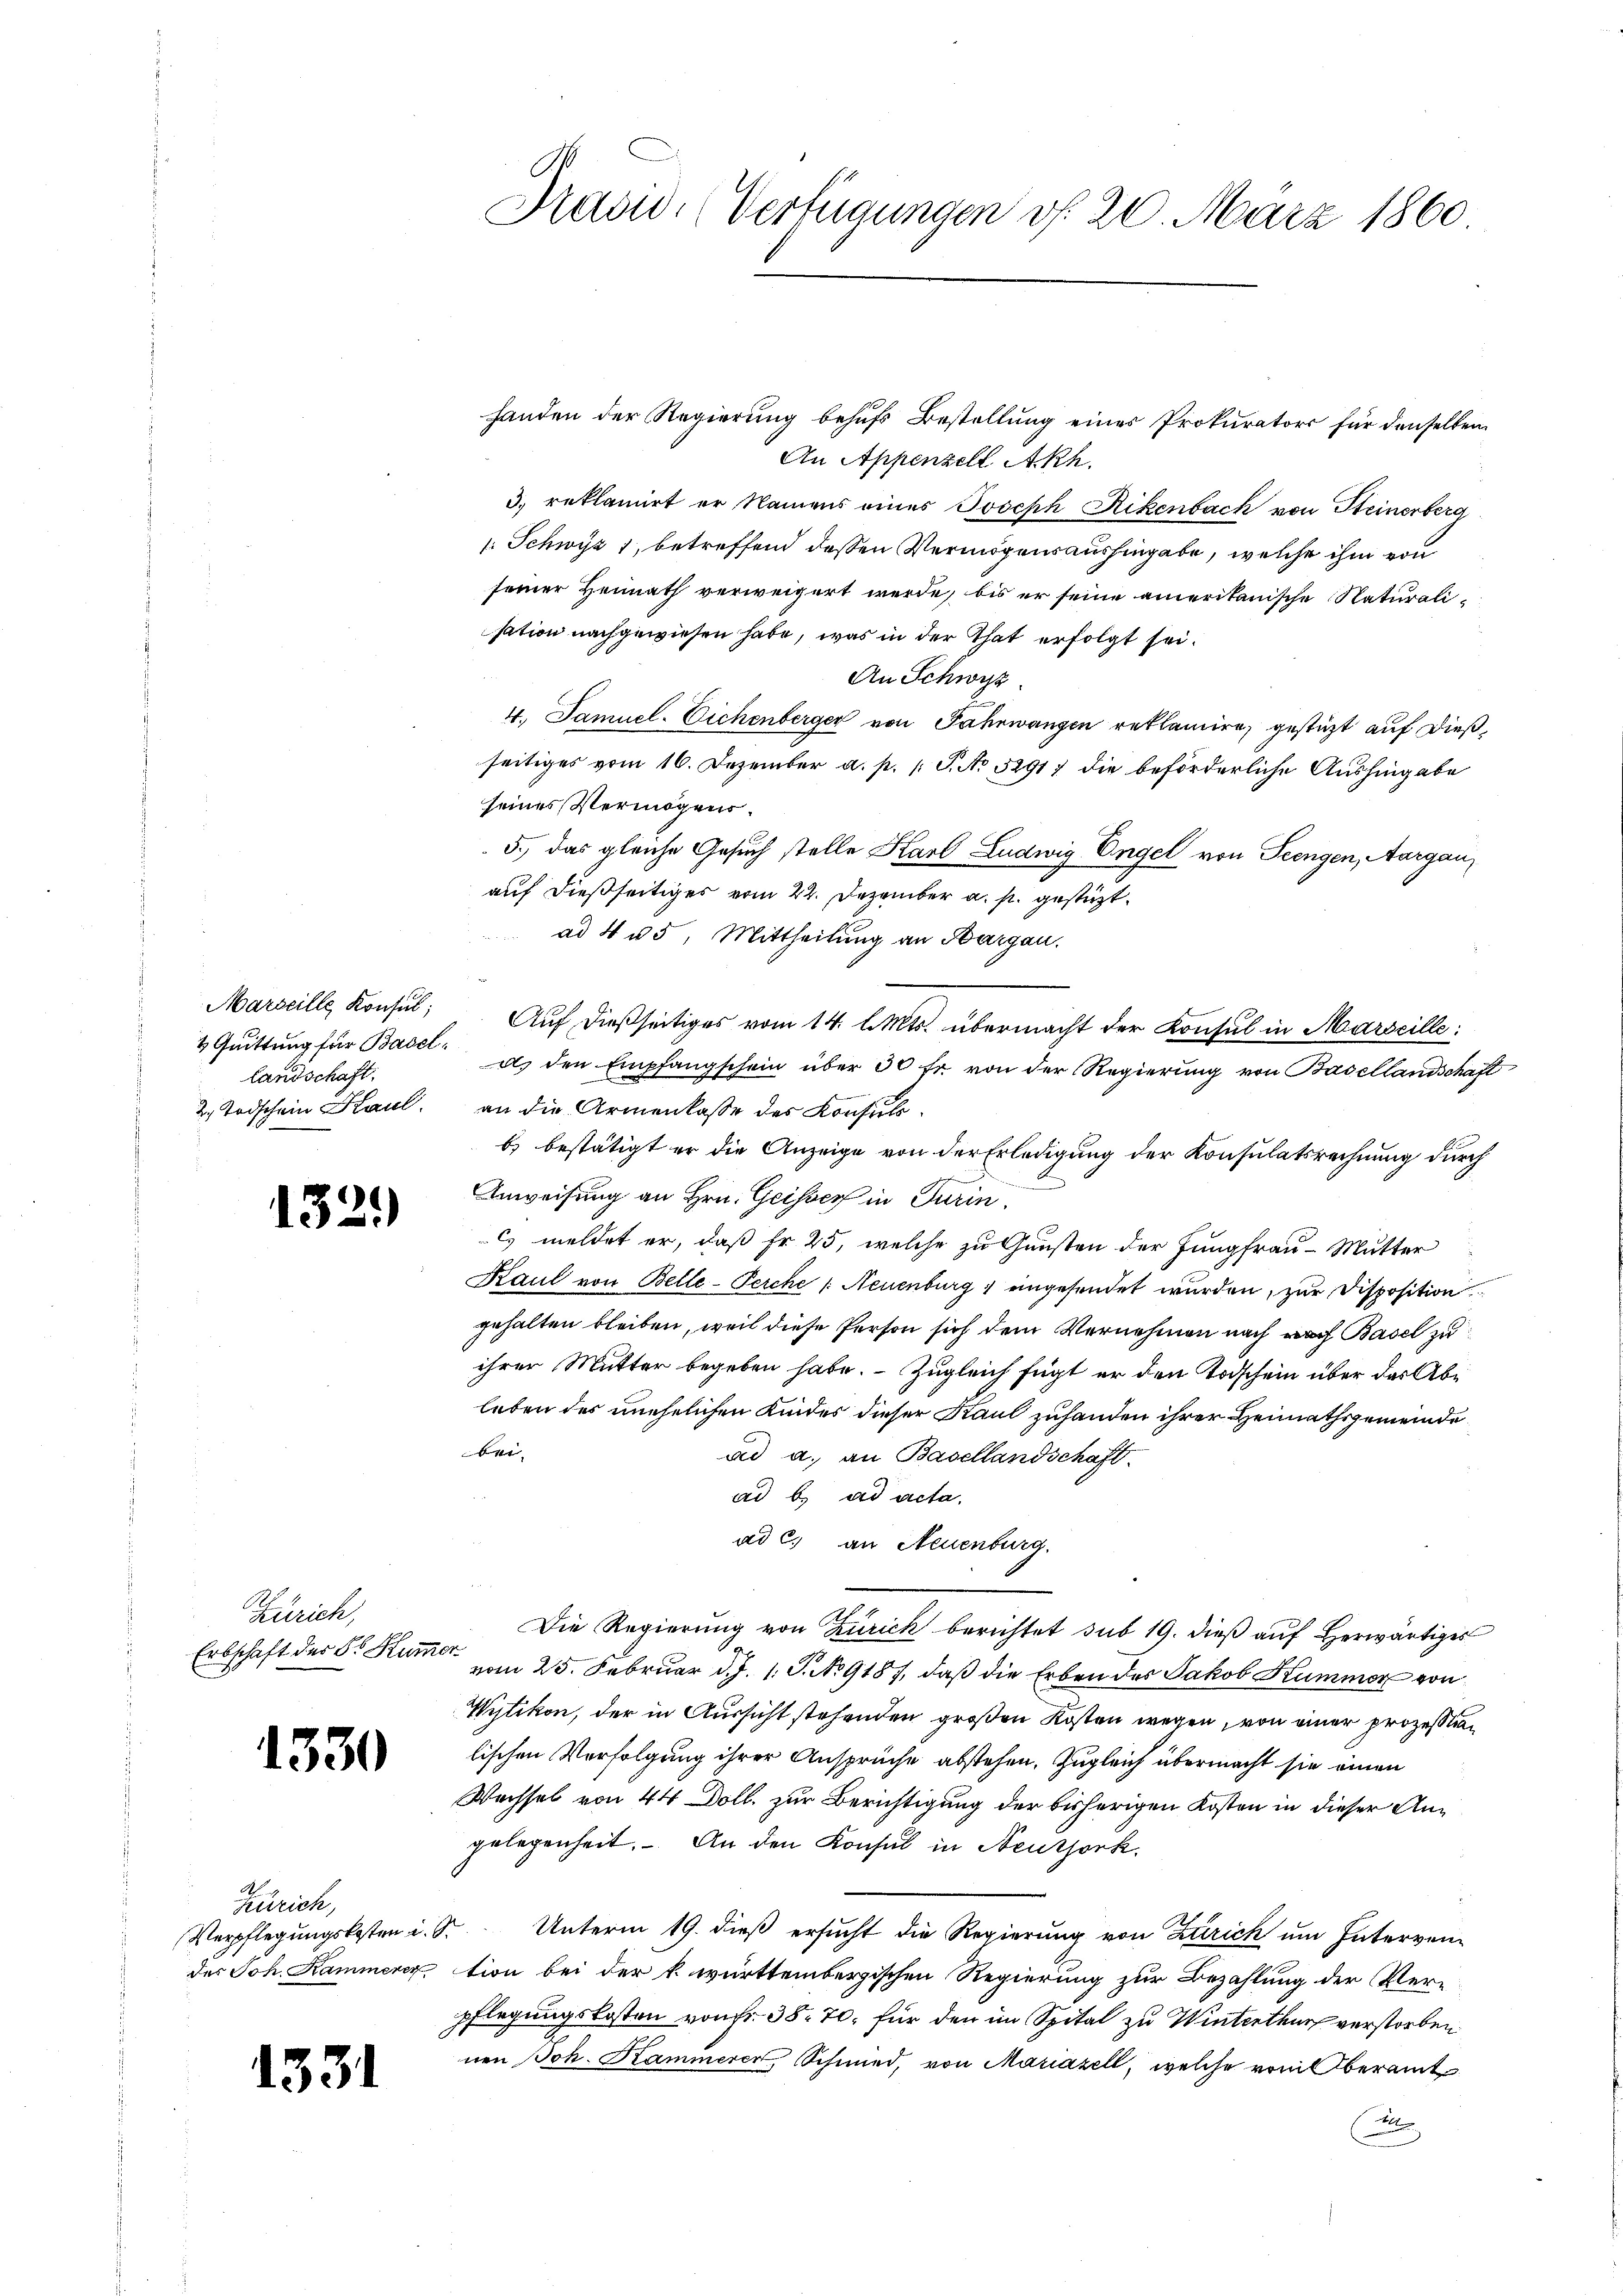
Präsid. (Verfügungen d. 20. März 1860

An Appenzell Akh.
3. reklamirt er Namens eines Joseph Rikenbach von Steinerberg
: Schwyz 1, betreffend dessen Vermögensaushingabe, welche ihm von
seiner Heimath verweigert werde, bis er seine amerikanische Naturalisation nachgewiesen habe, was in der That erfolgt sei.
An Schwyz.
4. Samuel. Eichenberger von Jahrwangen reklamien, gestützt auf dieß,
seitiges vom 16. Dezember a. p. 1 S. No 5291) die beförderliche Aushingabe
seines Vermögens¬
5., das gleiche Gesuch stelle Karl Ludwig Engel von Feingen, Aargau,
auf dießseitiges vom 22. Dezember a. p. gestüzt.
ad 4 u 5. Mittheilung an Bargau.
Marseille Konsul, Auf dießseitiges vom 14. d. Mts. übermacht der Konsul in Marseille:
 Quittung für Basel: d. den Empfangschein über 30 fr. von der Regierŭng von Basellandschaft
an die Armenkasse des Konsuls.
b) bestätigt er die Anzeige von der Erledigung der Konsulatsrechnung durch
Anweisung an Hrn. Geisser in Turin,
C meldet er, daß fr. 25, welche zu Gunsten der Jungfrau - Mutter
Kaul von Belle-Perche |: Neuenburg eingesendet wurden, zur Disposition
gehalten bleiben, weil diese Person sich dem Vernehmen nach nach Basel zu
ihrer Mutter begeben habe. - Zugleich fügt er den Todschein über das Ableben des unehelichen Kindes dieser Kaul zuhanden ihrer Heimathsgemeinde
bei.
ad a. an Basellandschaft.
ad b. ad acta.
ad c.) an Neuenburg.
Die Regierung von Zürich berichtet sub 19. dieß auf herwärtiges
Erbschaft des Sr. Kumme vom 25. Februar d. J. 1. J. No 9187, daß die Erben des Jakob Kummer von
Wytikon, der in Aussicht stehenden großen Kosten wegen, von einer prozesstralischen Verfolgung ihrer Ansprüche abstehen, Zugleich übermacht sie einen
Wechsel von 44 Doll. zur Berichtigung der bisherigen Kosten in dieser Angelegenheit. An den Konsul in Neuzjork.
r Unterm 19. dieß ersucht die Regierung von Zürich um Interven-
tion bei der k. württembergischen Regierung zur Bezahlung der Ver-
pflegungskosten von Fr. 38. 70, für den im Spital zu Winterthur verstorben
nen Joh. Kammerer Schmied, von Mariazell, welche vom Oberamt
n

handen der Regierung behufs Bestellung eines Prokurators für denselben

landschaft
2. Todschein Kaul.

1321)

Zürich,

1330

Zürich,
Verpflegungskosten i.
des Joh. Kammerer

1331